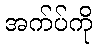
အက်ပ်ကို